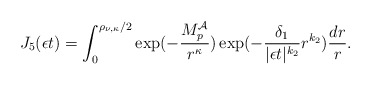
\begin{align*}J_{5}(\epsilon t) = \int_{0}^{\rho_{\nu,\kappa}/2}\exp( - \frac{M_{p}^{\mathcal{A}}}{r^{\kappa}} ) \exp( -\frac{\delta_{1}}{|\epsilon t|^{k_2}} r^{k_2} ) \frac{dr}{r}.\end{align*}